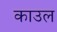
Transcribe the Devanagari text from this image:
काउल